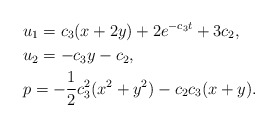
\begin{align*}& u_{1}=c_{3}(x+2y)+2e^{-c_{3}t}+3c_{2},\\& u_{2}=-c_{3}y-c_{2},\\& p=-\frac{1}{2}c_{3}^{2}(x^{2}+y^{2})-c_{2}c_{3}(x+y).\end{align*}